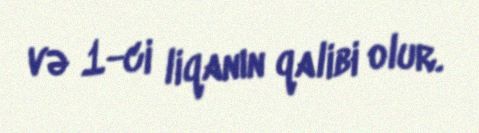
və 1-ci liqanın qalibi olur.